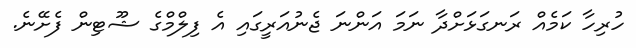
ހުރިހާ ކަމެއް ރަނގަޅަށްދާ ނަމަ އަންނަ ޖެނުއަރީގައި އެ ފިލްމްގެ ޝޫޓިން ފެށޭނެ.